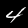
Label: 4